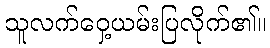
သူလက်ဝှေ့ယမ်းပြလိုက်၏။